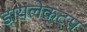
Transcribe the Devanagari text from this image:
डायलेक्ट्स